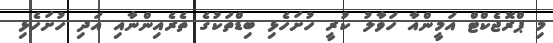
މި ޕްރޮޖެކްޓް އަމީންއާ ހަވާލު ކުރީ ހުށަހެޅި ބިޑްތަކުގެ ތެރެއިންނާއި އަދި ހުށަހެޅި